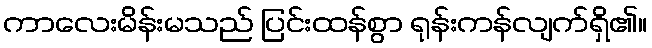
ကာလေးမိန်းမသည် ပြင်းထန်စွာ ရုန်းကန်လျက်ရှိ၏။